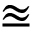
\approxeq